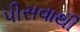
પીસવાથી